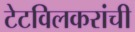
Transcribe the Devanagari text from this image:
टेटविलकरांची